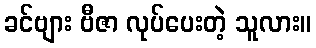
ခင်ဗျား ဗီဇာ လုပ်ပေးတဲ့ သူလား။